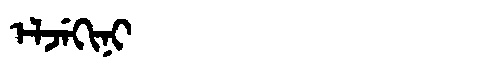
Manchu: ᡝᠯᠵᡝᡴᡳᠨᡳ
Romanization: ELJEKINI